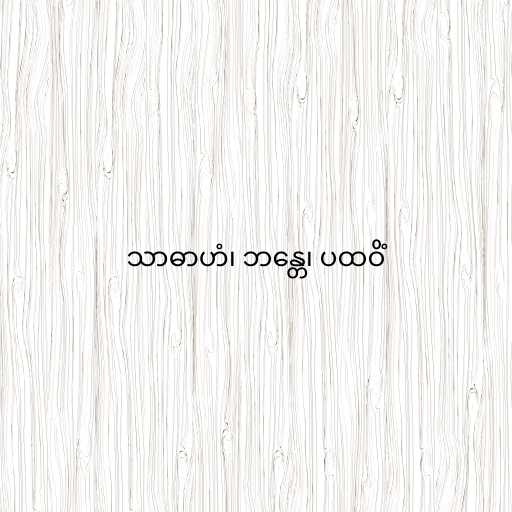
သာဓာဟံ၊ ဘန္တေ၊ ပထဝိံ